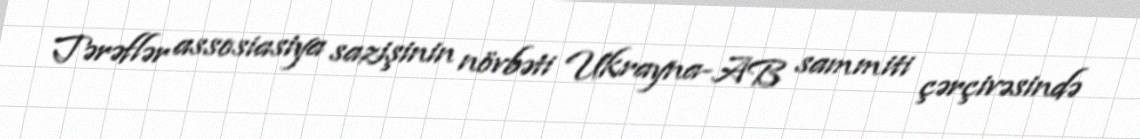
Tərəflər assosiasiya sazişinin növbəti Ukrayna-AB sammiti çərçivəsində